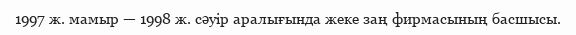
1997 ж. мамыр — 1998 ж. сәуір аралығында жеке заң фирмасының басшысы.